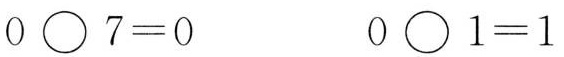
$$0 \circ 7 = 0$$ $$0 \circ 1 = 1$$